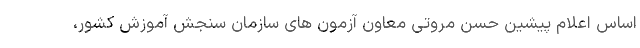
اساس اعلام پیشین حسن مروتی معاون آزمون های سازمان سنجش آموزش کشور،